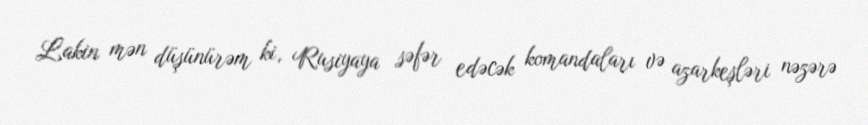
Lakin mən düşünürəm ki, Rusiyaya səfər edəcək komandaları və azarkeşləri nəzərə